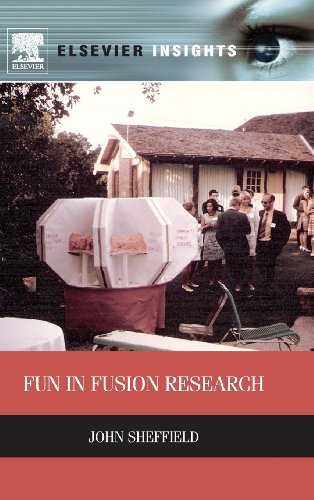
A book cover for Fun in Fusion Research (Elsevier Insights); John Sheffield; Humor & Entertainment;